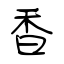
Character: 香